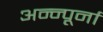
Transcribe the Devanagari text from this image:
अन्न्पूर्ना